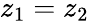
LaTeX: z_{1}=z_{2}